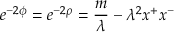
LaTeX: e ^ { - 2 \phi } = e ^ { - 2 \rho } = \frac { m } { \lambda } - \lambda ^ { 2 } x ^ { + } x ^ { - }